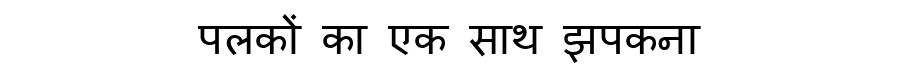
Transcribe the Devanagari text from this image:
पलकों का एक साथ झपकना